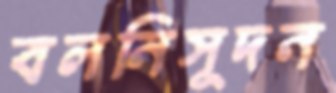
বলনিসূদন